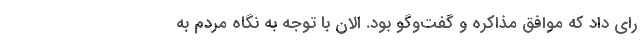
رای داد که موافق مذاکره و گفت‌وگو بود. الان با توجه به نگاه مردم به